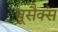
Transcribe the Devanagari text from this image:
यूसैक्स